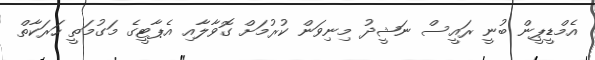
އެމްޑީޕީން ބުނީ ރައީސް ނަޝީދު މިނިވަން ކުރުމަށް ގޮވާލާއި އެޕާޓީގެ މަގުމަތީ ހަރަކާތް